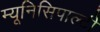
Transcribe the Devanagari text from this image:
म्यूनिसिपाल्टी